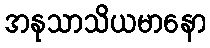
အနုသာသိယမာနော